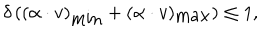
\delta \, ( ( \alpha \cdot v ) _ { \mathrm { m i n } } + ( \alpha \cdot v ) _ { \mathrm { m a x } } ) \leq 1 ,